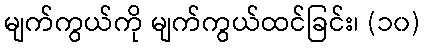
မျက်ကွယ်ကို မျက်ကွယ်ထင်ခြင်း၊ (၁၀)